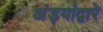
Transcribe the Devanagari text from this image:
अंड्यांद्वारे